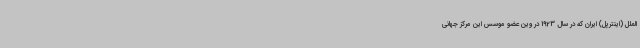
الملل (اینترپل) ایران که در سال 1923 در وین عضو موسس این مرکز جهانی